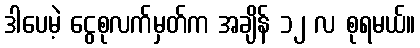
ဒါပေမဲ့ ငွေစုလက်မှတ်က အချိန် ၁၂ လ စုရမယ်။